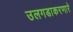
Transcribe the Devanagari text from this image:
उलगडाकरणारे